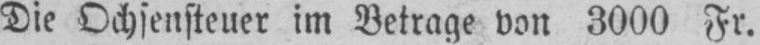
Die Ochsensteuer im Betrage von 3000 Fr.